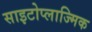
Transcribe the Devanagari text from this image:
साइटोप्लाज्मिक